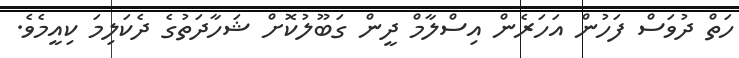
ހަތް ދުވަސް ފަހުން އަހަރެން އިސްލާމް ދީން ގަބޫލުކޮށް ޝަހާދަތުގެ ދެކަލިމަ ކިއީމެވެ.